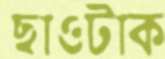
ছাওটাক